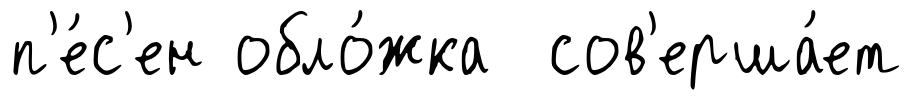
п'е́с'ен обло́жка сов'ерша́ет